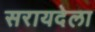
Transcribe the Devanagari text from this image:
सरायदेला